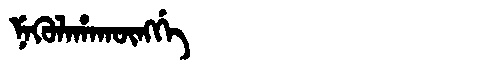
Manchu: ᠨᡝᡴᡠᠯᠠᡥᠠᡴᡡᠩᡤᡝ
Romanization: NEKULAHAKŪNGGE